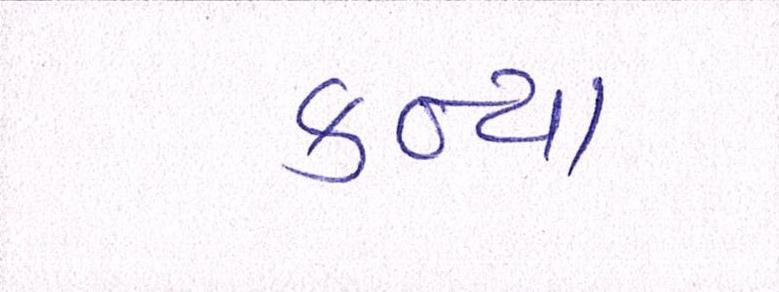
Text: કન્યા